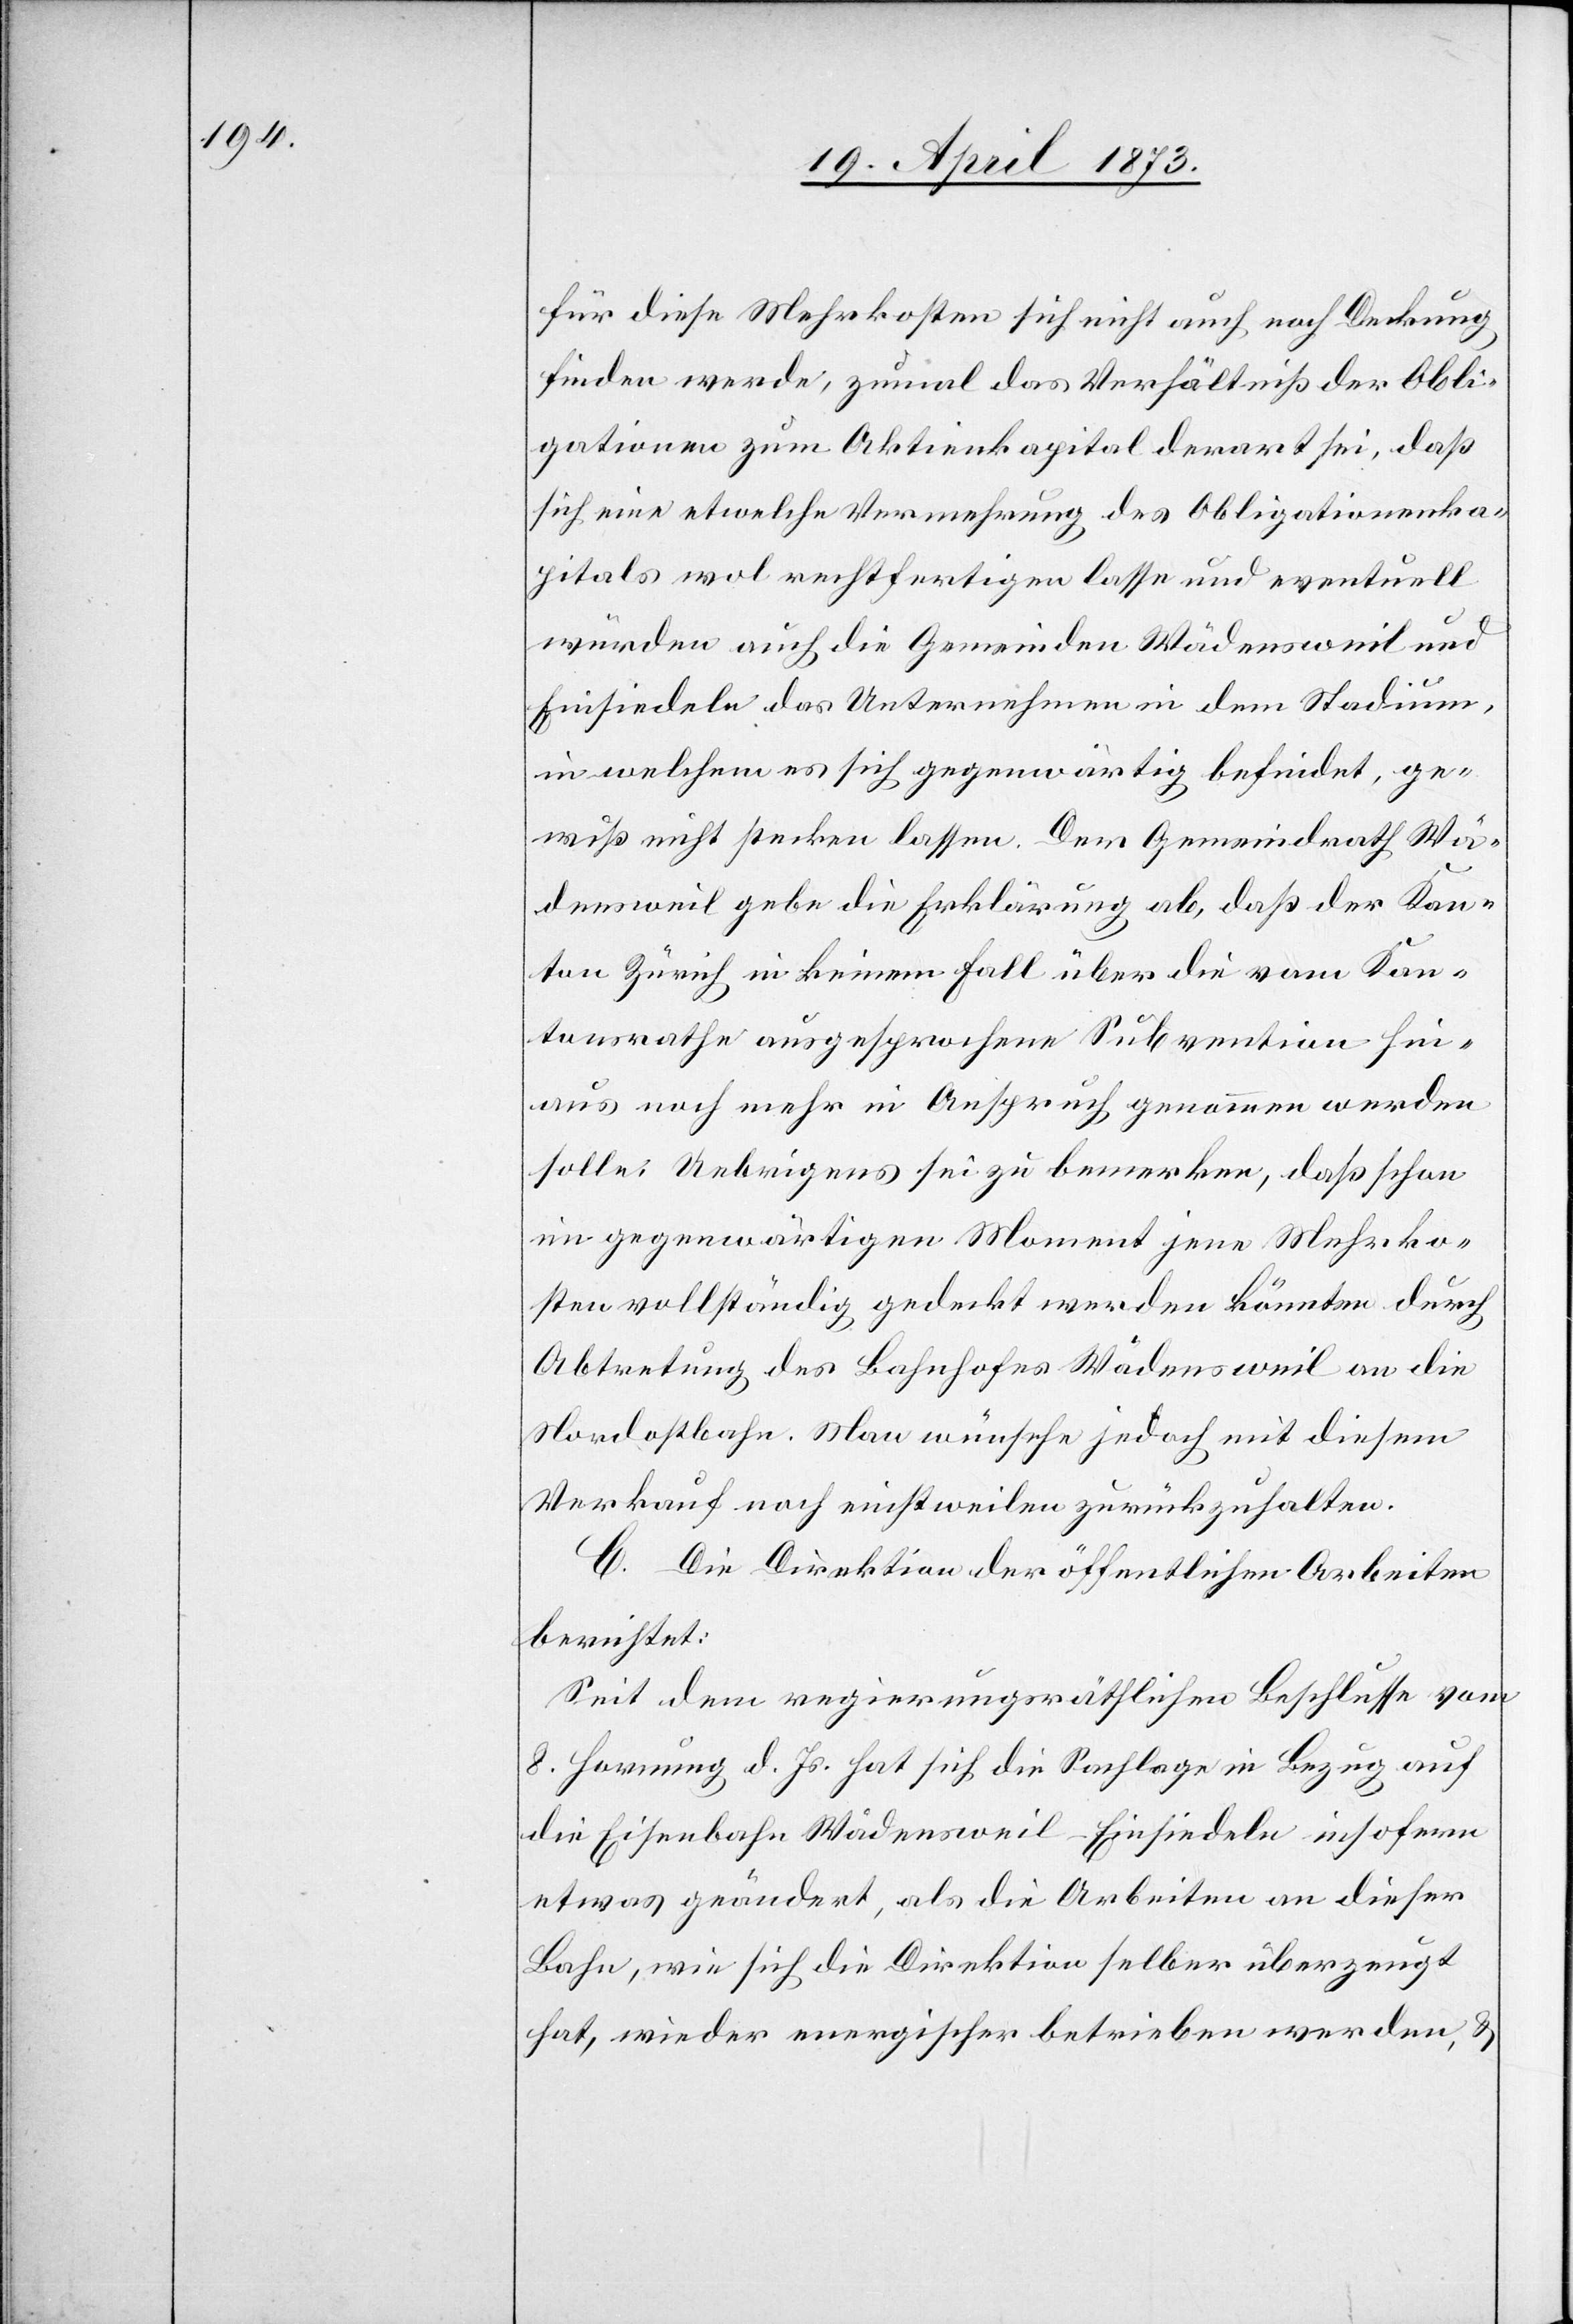
für diese Mehrkosten sich nicht auch noch Deckung
finden werde, zumal das Verhältniß der Obli¬
gationen zum Aktienkapital derart sei, daß
sich eine etwelche Vermehrung des Obligationenka¬
pitals wol rechtfertigen lasse und eventuell
würden auch die Gemeinden Wädensweil und
Einsiedeln das Unternehmen in dem Stadium,
in welchem es sich gegenwärtig befindet, ge¬
wiß nicht stecken lassen. Der Gemeindrath Wä¬
densweil gebe die Erklärung ab, daß der Kan¬
ton Zürich in keinem Fall über die vom Kan¬
tonsrathe ausgesprochene Subvention hin¬
aus noch mehr in Anspruch genommen werden
solle. Uebrigens sei zu bemerken, daß schon
im gegenwärtigen Moment jene Mehrko¬
sten vollständig gedeckt werden könnten durch
Abtretung des Bahnhofes Wädensweil an die
Nordostbahn. Man wünsche jedoch mit diesem
Verkauf noch einstweilen zurückzuhalten.
C. Die Direktion der öffentlichen Arbeiten
berichtet:
Seit dem regierungsräthlichen Beschlusse vom
8. Hornung d. Js. hat sich die Sachlage in Bezug auf
die Eisenbahn Wädensweil–Einsiedeln insofern
etwas geändert, als die Arbeiten an dieser
Bahn, wie sich die Direktion selber überzeugt
hat, wieder energischer betrieben werden, &